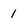
Character: 1